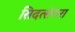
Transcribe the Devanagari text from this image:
सिदत्संगरा